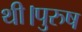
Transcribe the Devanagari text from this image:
थी।पुरुष